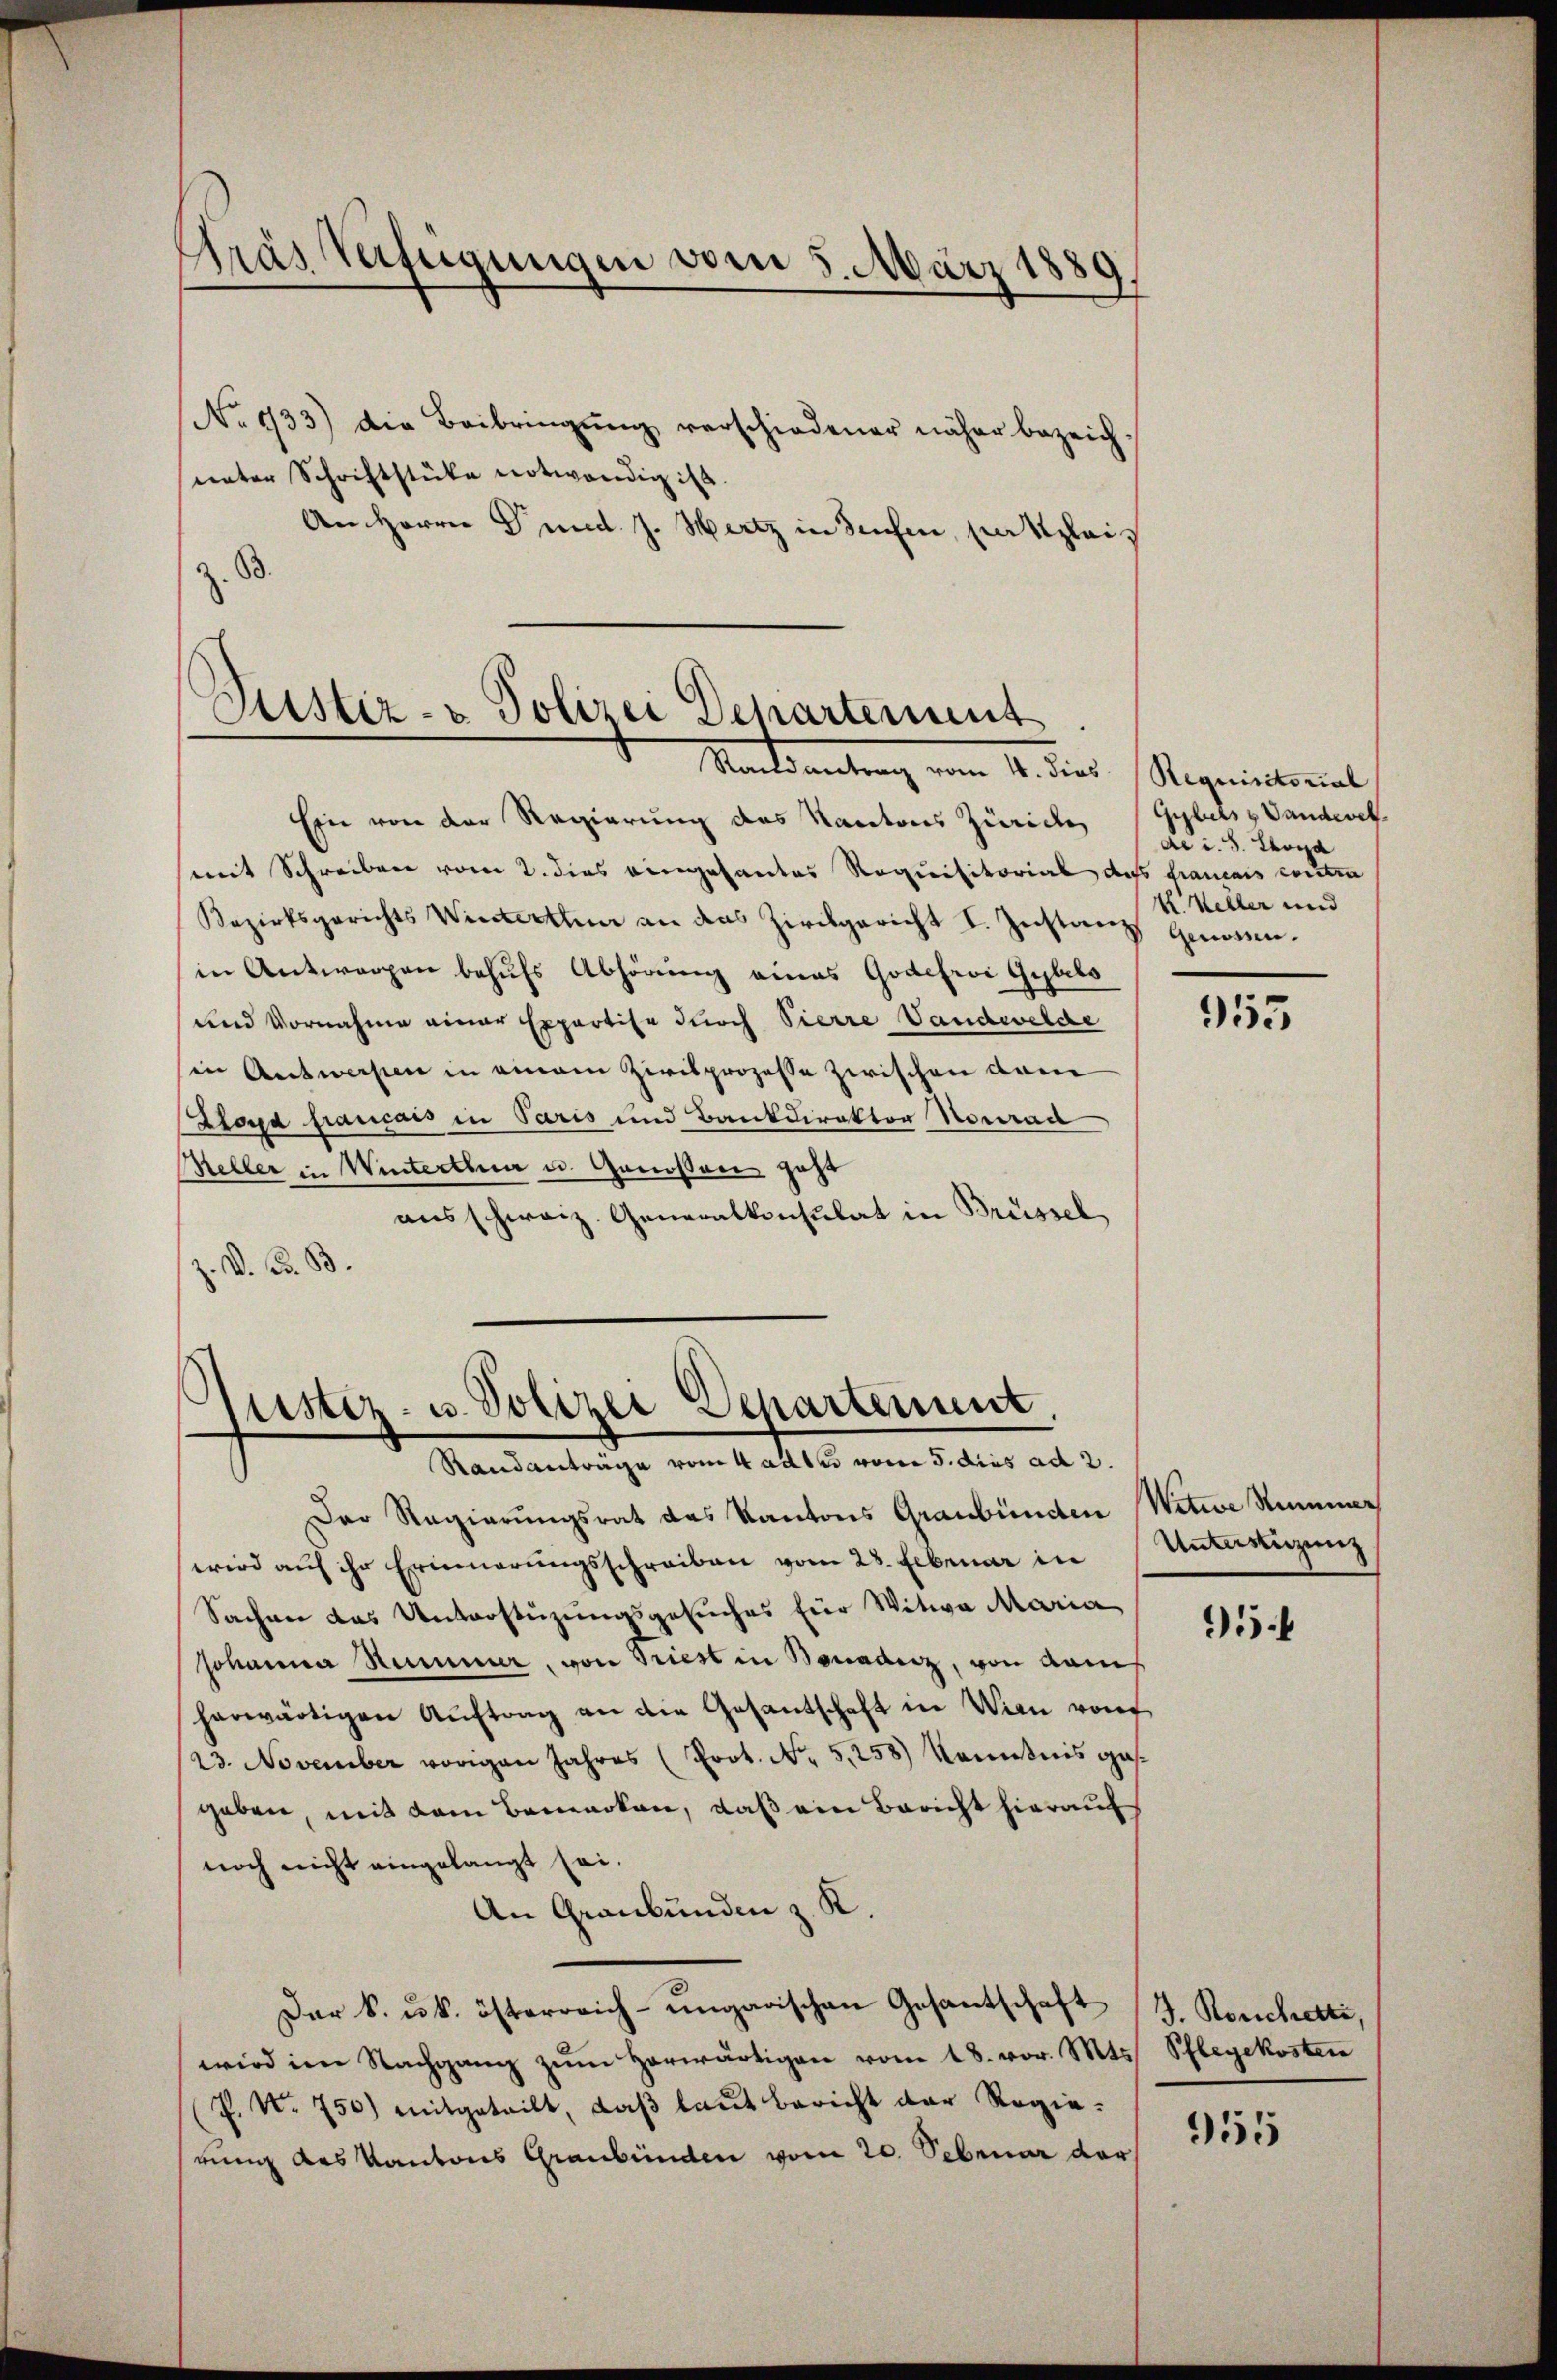
Gras Verfügungen vom 5. März 1889.

No 933) die Beibringŭng verschiedener näher bezeich-
unter Schriftstücke notwendig ist.
An Herrn Grund. J. Wertz in Sachen, setzleis
z. B.

Justiz- & Polizei Departement
Staatsantrag vom 1. dies Requistorial

Eine von der Regierung das Kantons Zürichen (Gybels Vanderel
mit Schreiben vom 2. dies eingesantes Requisitorial das Gramais conten
Bezirksgerichts Winterthur an das Zivilgericht I. Instanz Genossen.
in Antwerpen behufs Abhörung eines Godefroi Gubels
und Vornahme einer Expertise durch Vierre Vandwelde
sin Antwerpen in einem Zivilprozesse zwischen dam
Zlora français in Paris und Bankdirektor Nourad
Beller in Winterthun u. Genossen geht
ausschweiz. Generalkonsulat in Brüssel
z. V. B. B.

Justiz- u. Polizei Departement.
Randanträge vom 4adte vom 5. dies ad 2.

Der Regierungsrat das Kantons Graubünden Witwe Stummer
wird aŭf ihr Erinnerŭngsschreiben vom 28. Februar in Unteringung
Sachen das Unterstüzungsgesuches für Witwe Maria
Johanna Summer, von Triest in Bonaden, von Kais
herwärtigen Aŭftrag an die Gesandschaft in Wien von
23. November vorigen Jahres (Prot. No. 5, 258) Kenntnis gesgeben, mit dem Bemerken, daß ein Bericht hierauf
noch nicht eingelangt sei.
An Graubünden z. K.
Der S. uk. österreich-ungarischen Gesantschaft G. Rouchetti,
wird im Nachgang zŭm herwärtigen vom 18. vor. Mts. Pflegekosten
P. Nr. 750) mitgeteilt, daβ laŭt bericht der Regie-
rung des Kantons Graubünden vom 20. Sebruar der

de u. s. Thord
K Keller und

955

95

955